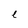
Character: l